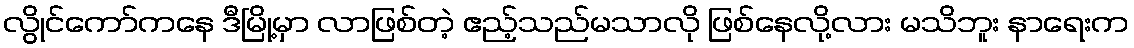
လွိုင်ကော်ကနေ ဒီမြို့မှာ လာဖြစ်တဲ့ ဧည့်သည်မသာလို ဖြစ်နေလို့လား မသိဘူး နာရေးက